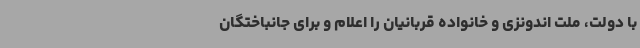
با دولت، ملت اندونزی و خانواده قربانیان را اعلام و برای جانباختگان